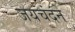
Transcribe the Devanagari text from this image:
जयचंदने